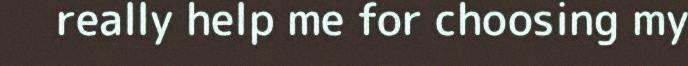
really help me for choosing my